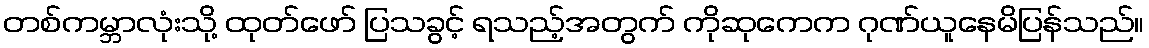
တစ်ကမ္ဘာလုံးသို့ ထုတ်ဖော် ပြသခွင့် ရသည့်အတွက် ကိုဆုကေက ဂုဏ်ယူနေမိပြန်သည်။